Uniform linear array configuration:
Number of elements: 48
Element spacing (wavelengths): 0.75
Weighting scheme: uniform
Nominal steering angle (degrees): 45
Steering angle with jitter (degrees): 45.503
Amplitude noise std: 0.05
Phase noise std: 0.05

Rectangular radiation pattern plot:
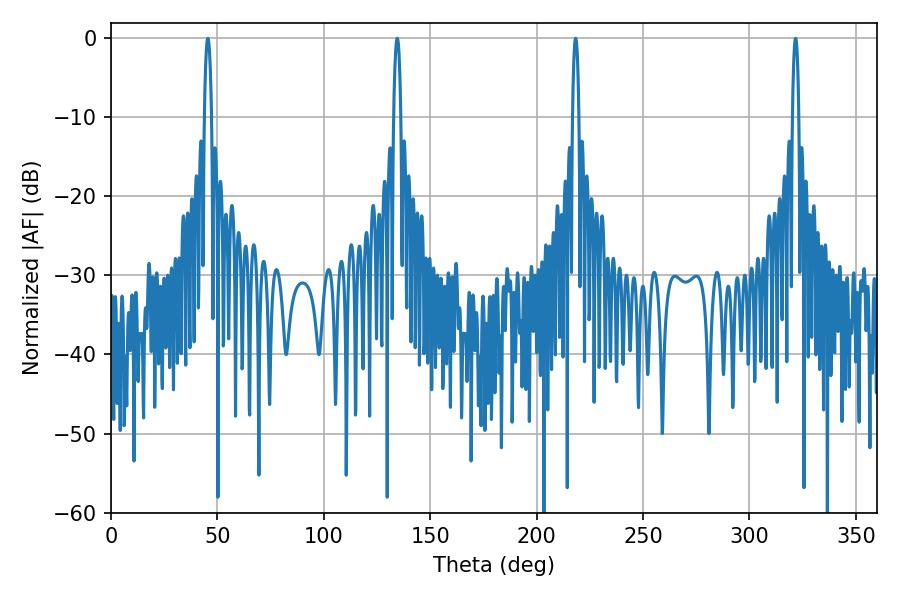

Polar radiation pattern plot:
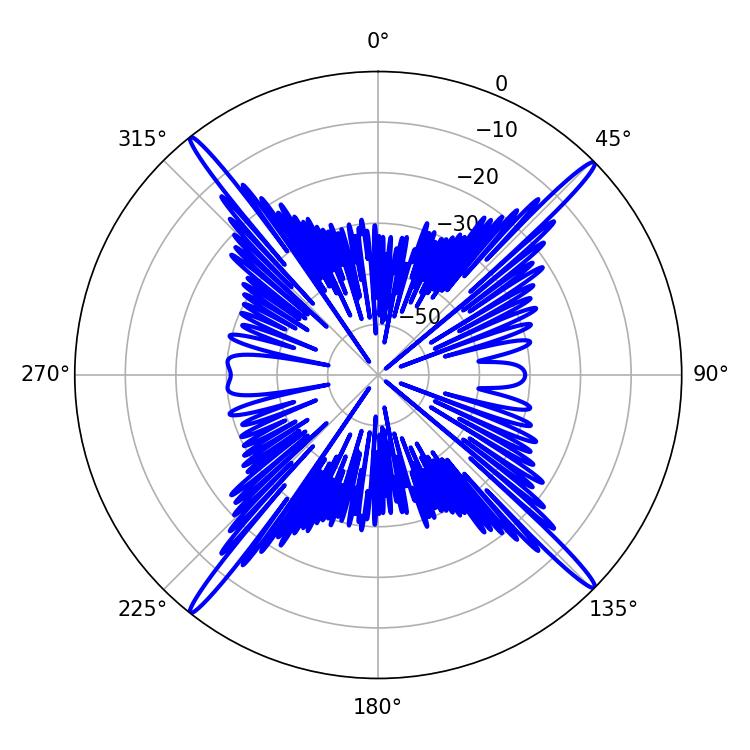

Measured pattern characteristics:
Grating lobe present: TRUE
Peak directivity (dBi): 22.074
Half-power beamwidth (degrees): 1.62
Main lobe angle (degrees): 321.66